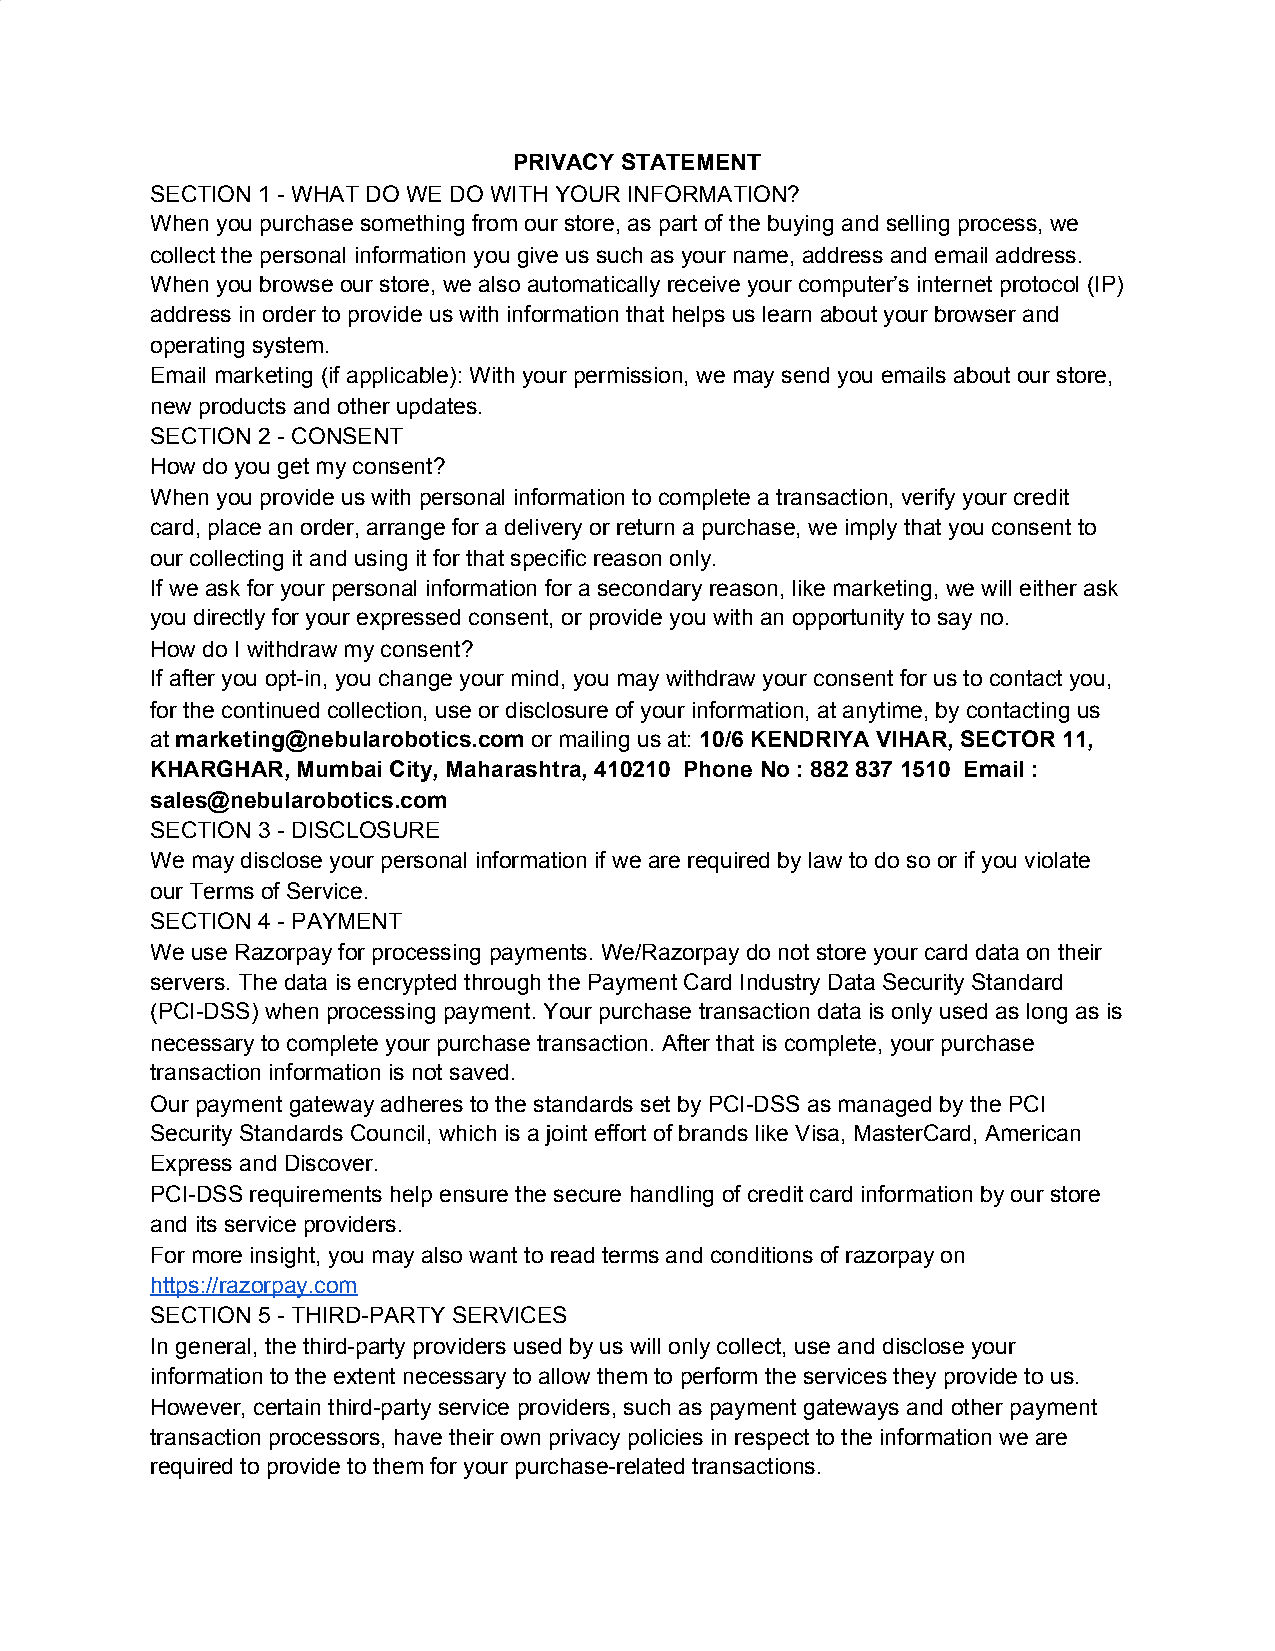
PRIVACY STATEMENT
 SECTION 1 - WHAT DO WE DO WITH YOUR INFORMATION?
 When you purchase something from our store, as part of the buying and selling process, we
 collect the personal information you give us such as your name, address and email address.
 When you browse our store, we also automatically receive your computer’s internet protocol (IP)
 address in order to provide us with information that helps us learn about your browser and
 operating system.
 Email marketing (if applicable): With your permission, we may send you emails about our store,
 new products and other updates.
 SECTION 2 - CONSENT
 How do you get my consent?
 When you provide us with personal information to complete a transaction, verify your credit
 card, place an order, arrange for a delivery or return a purchase, we imply that you consent to
 our collecting it and using it for that specific reason only.
 If we ask for your personal information for a secondary reason, like marketing, we will either ask
 you directly for your expressed consent, or provide you with an opportunity to say no.
 How do I withdraw my consent?
 If after you opt-in, you change your mind, you may withdraw your consent for us to contact you,
 for the continued collection, use or disclosure of your information, at anytime, by contacting us
 at marketing@nebularobotics.com or mailing us at: 10/6 KENDRIYA VIHAR, SECTOR 11,
 ​                      ​          ​
 KHARGHAR, Mumbai City, Maharashtra, 410210 Phone No : 882 837 1510 Email :
 sales@nebularobotics.com
 SECTION 3 - DISCLOSURE
 We may disclose your personal information if we are required by law to do so or if you violate
 our Terms of Service.
 SECTION 4 - PAYMENT
 We use Razorpay for processing payments. We/Razorpay do not store your card data on their
 servers. The data is encrypted through the Payment Card Industry Data Security Standard
 (PCI-DSS) when processing payment. Your purchase transaction data is only used as long as is
 necessary to complete your purchase transaction. After that is complete, your purchase
 transaction information is not saved.
 Our payment gateway adheres to the standards set by PCI-DSS as managed by the PCI
 Security Standards Council, which is a joint effort of brands like Visa, MasterCard, American
 Express and Discover.
 PCI-DSS requirements help ensure the secure handling of credit card information by our store
 and its service providers.
 For more insight, you may also want to read terms and conditions of razorpay on
 https://razorpay.com
 SECTION 5 - THIRD-PARTY SERVICES
 In general, the third-party providers used by us will only collect, use and disclose your
 information to the extent necessary to allow them to perform the services they provide to us.
 However, certain third-party service providers, such as payment gateways and other payment
 transaction processors, have their own privacy policies in respect to the information we are
 required to provide to them for your purchase-related transactions.